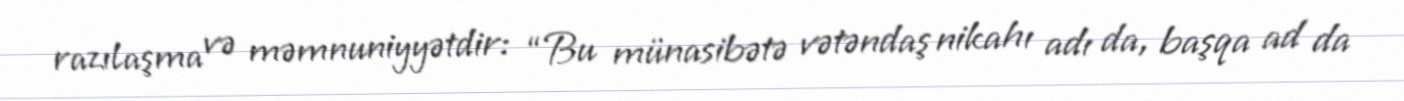
razılaşma və məmnuniyyətdir: “Bu münasibətə vətəndaş nikahı adı da, başqa ad da